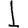
Digit: 1